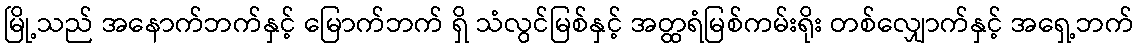
မြို့သည် အနောက်ဘက်နှင့် မြောက်ဘက် ရှိ သံလွင်မြစ်နှင့် အတ္ထရံမြစ်ကမ်းရိုး တစ်လျှောက်နှင့် အရှေ့ဘက်